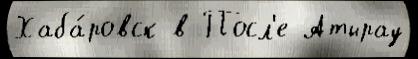
Хаба́ровск в Посл'е Атырау